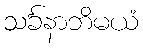
သင်္ခနာဘိမယံ